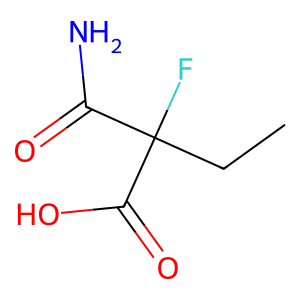
SMILES: CCC(F)(C(N)=O)C(=O)O
Inhibits HIV replication: No